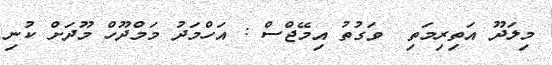
މިލަދޫ އަތިރިމަތި  ވަގުތު އިމޭޖްސް : އަހްމަދު މަމްދޫހް މޫދަށް ކުނި